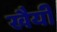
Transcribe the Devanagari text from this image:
खैयी